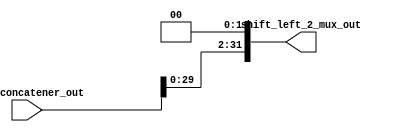
module shift_left_2_mux (
    input wire [31:0] inst_concatener_out,
    output reg [31:0] shift_left_2_mux_out
);
always @(*) begin
    shift_left_2_mux_out <= inst_concatener_out << 2;
end
    
endmodule